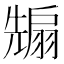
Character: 𭀵